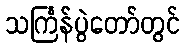
သင်္ကြန်ပွဲတော်တွင်